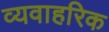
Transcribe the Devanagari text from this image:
व्यवाहरिक